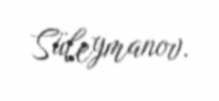
Süleymanov.